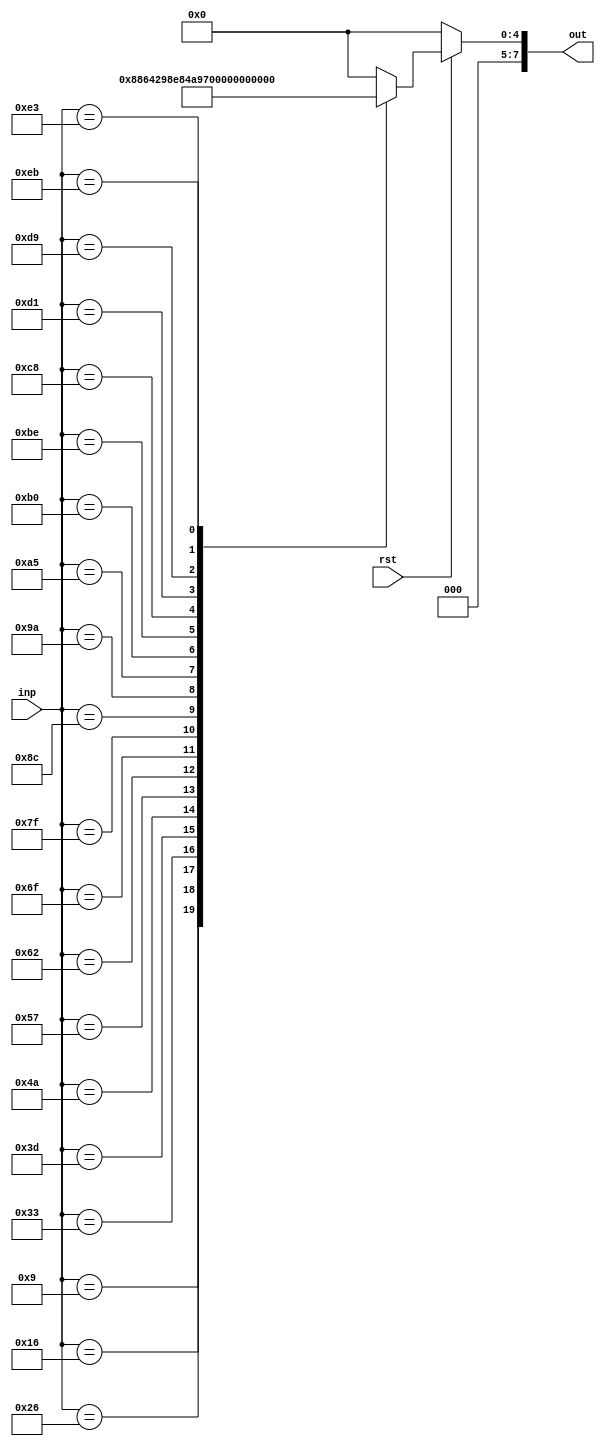
module ProcessOp(out, inp, rst);
input         [7:0]inp;
input              rst;
output        [7:0]out;
reg           [7:0]out;

always @(inp or rst)
begin
if(rst==0)
begin
out<=0;
end
else
begin
case(inp)
8'd9:out<=8'd1;
8'd22:out<=8'd2;
8'd38:out<=8'd3;
8'd51:out<=8'd4;
8'd61:out<=8'd5;
8'd74:out<=8'd6;
8'd87:out<=8'd7;
8'd98:out<=8'd8;
8'd111:out<=8'd9;
8'd127:out<=8'd10;
8'd140:out<=8'd11;
8'd154:out<=8'd12;
8'd165:out<=8'd13;
8'd176:out<=8'd14;
8'd190:out<=8'd15;
8'd200:out<=8'd16;
8'd209:out<=8'd17;
8'd217:out<=8'd18;
8'd227:out<=8'd19;
8'd235:out<=8'd20;
default:out<=0;
endcase
end
end
endmodule